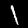
Digit: 1